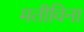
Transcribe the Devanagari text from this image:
मतीविना